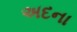
અદના